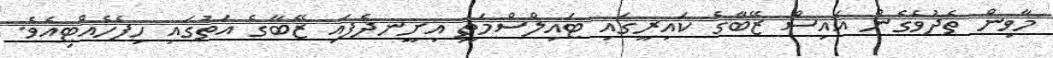
މާވިން ތެދުވެގެން އައިސް ޒޭބާގެ ކައިރީގައި ޓައިލްސްމަތީ އިށީނދެފައި ޒޭބާގެ އަތުގައި ހިފެހެއްޓިއެވެ.